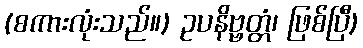
(စကားလုံးသည်။) ဥပနိဗ္ဗတ္တံ၊ ဖြစ်ပြီ)